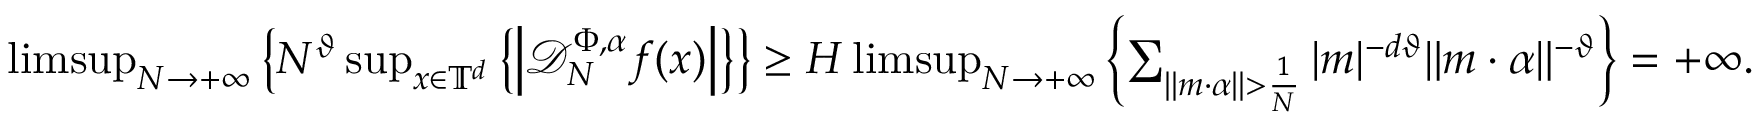
\begin{array} { r l } & { \operatorname* { l i m s u p } _ { N \to + \infty } \left\{ N ^ { \vartheta } \operatorname* { s u p } _ { x \in \mathbb { T } ^ { d } } \left\{ \left| \mathcal D _ { N } ^ { \Phi , \alpha } f ( x ) \right| \right\} \right\} \geq H \operatorname* { l i m s u p } _ { N \to + \infty } \left\{ \sum _ { \| m \cdot \alpha \| > \frac { 1 } { N } } | m | ^ { - d \vartheta } \| m \cdot \alpha \| ^ { - \vartheta } \right\} = + \infty . } \end{array}